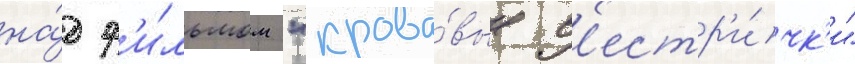
на́д ф'и́льмом "крова́вые с'естр'и́чк'и"